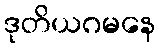
ဒုတိယဂမနေ